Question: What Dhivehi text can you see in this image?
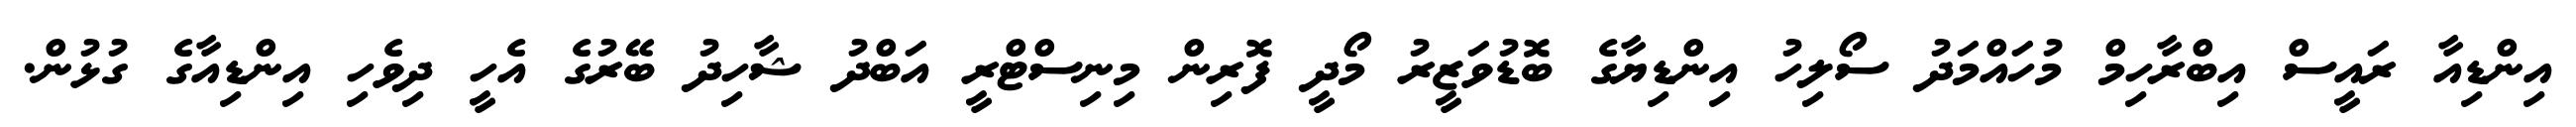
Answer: އިންޑިއާ ރައީސް އިބްރާހިމް މުހައްމަދު ސޯލިހު އިންޑިޔާގެ ބޮޑުވަޒީރު މޯދީ ފޮރިން މިނިސްޓްރީ އަބްދު ޝާހިދު ބޭރުގެ އެހީ ދިވެހި އިންޑިއާގެ ގުޅުން.